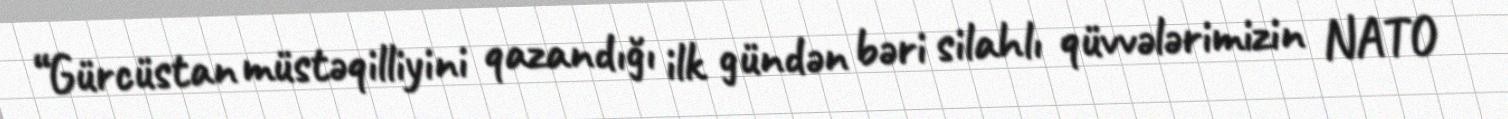
“Gürcüstan müstəqilliyini qazandığı ilk gündən bəri silahlı qüvvələrimizin NATO